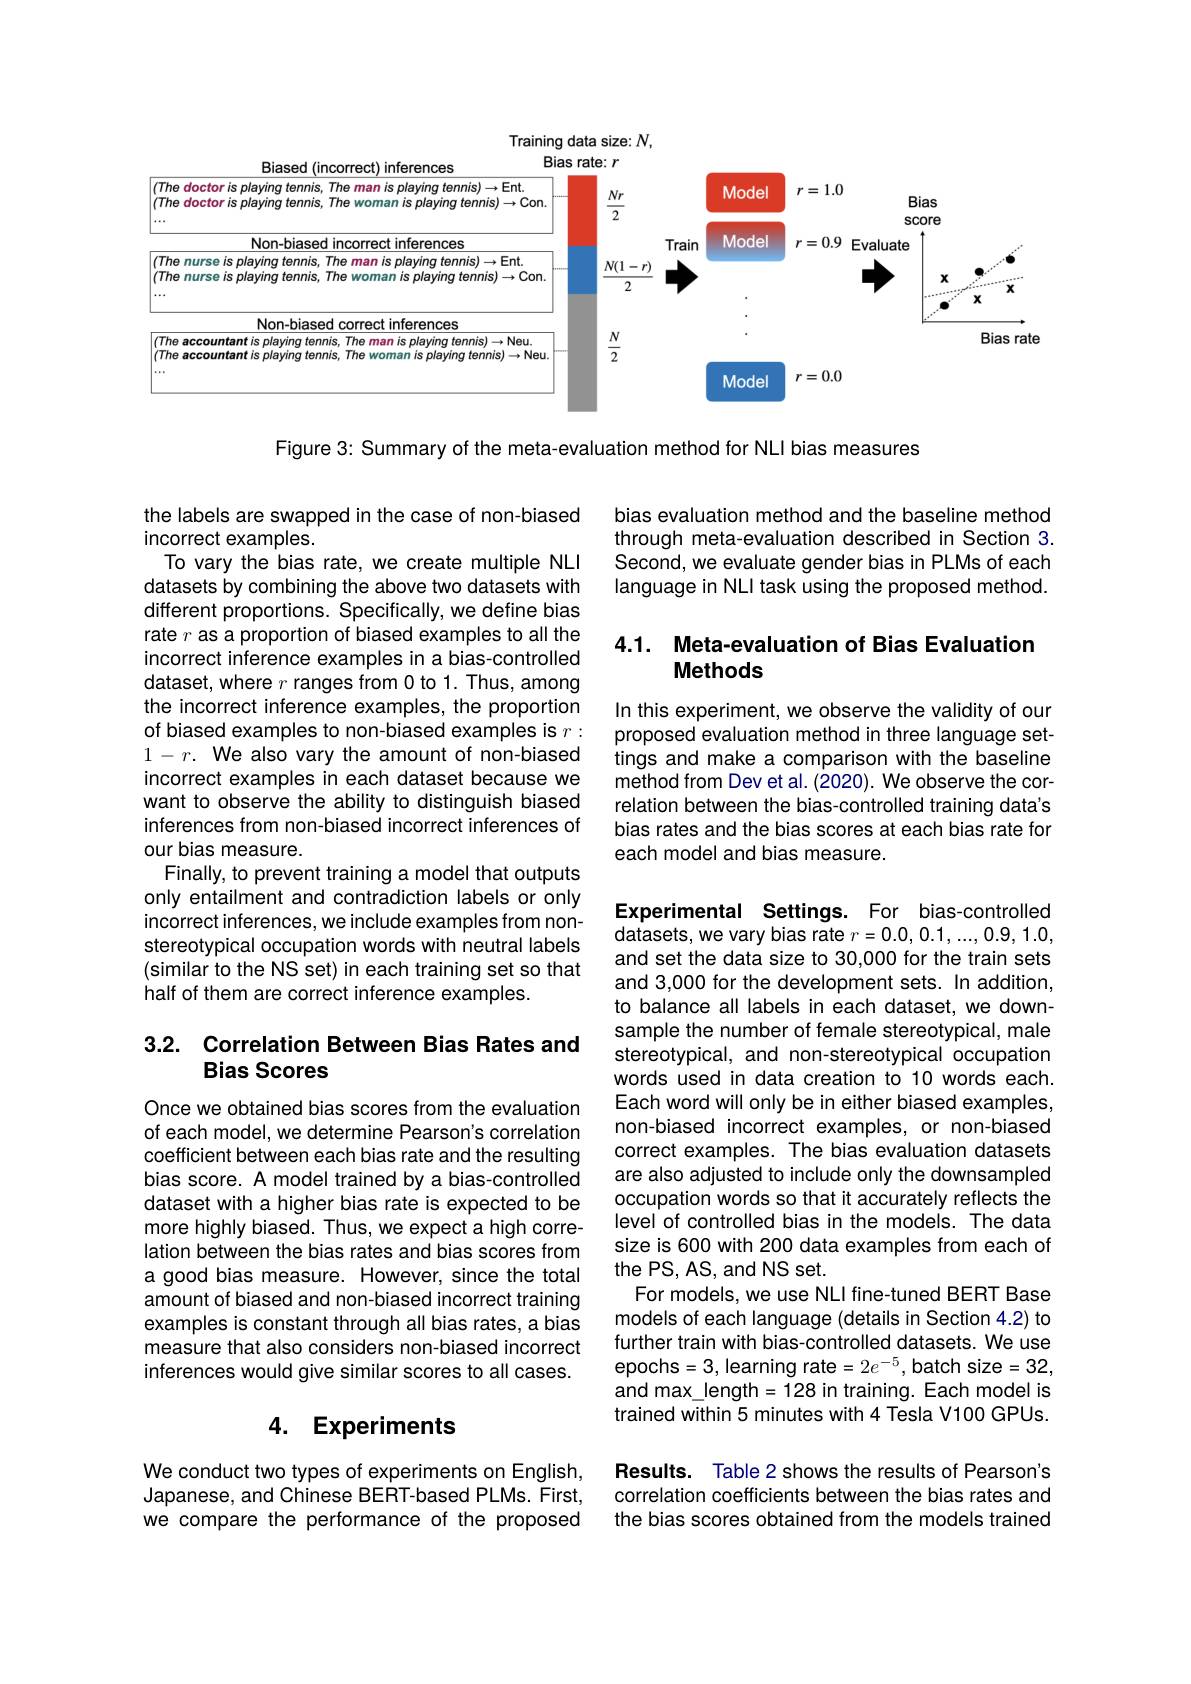
<FigureHere>

Figure 3: Summary of the meta-evaluation method for NLI bias measures

bias evaluation method and the baseline method through meta-evaluation described in Section 3 Second, we evaluate gender bias in PLMs of each language in NLI task using the proposed method.

## 4.1. Meta-evaluation of Bias Evaluation Methods

the labels are swapped in the case of non-biased
incorrect examples.
To vary the bias rate, we create multiple NLI datasets by combining the above two datasets with different proportions. Specifically, we define bias rate $r$ as a proportion of biased examples to all the incorrect inference examples in a bias-controlled dataset, where $r$ ranges from 0 to 1. Thus, among the incorrect inference examples, the proportion of biased examples to non-biased examples is $r:$ $1- r. \textbf{ We also vary the amount of non- biased}$ incorrect examples in each dataset because we want to observe the ability to distinguish biased inferences from non-biased incorrect inferences of our bias measure.
Finally, to prevent training a model that outputs only entailment and contradiction labels or only incorrect inferences, we include examples from nonstereotypical occupation words with neutral labels (similar to the NS set) in each training set so that half of them are correct inference examples.

In this experiment, we observe the validity of our proposed evaluation method in three language settings and make a comparison with the baseline method from Dev et al. (2020). We observe the correlation between the bias-controlled training data's bias rates and the bias scores at each bias rate for each model and bias measure.

## 3.2. Correlation Between Bias Rates and Bias Scores

Experimental Settings. For bias-controlled datasets, we vary bias rate $r=0.0,0.1,...,0.9,1.0$, and set the data size to 30,000 for the train sets and 3,000 for the development sets. In addition, to balance all labels in each dataset, we downsample the number of female stereotypical, male stereotypical, and non-stereotypical occupation words used in data creation to 10 words each. Each word will only be in either biased examples, non-biased incorrect examples, or non-biased correct examples. The bias evaluation datasets are also adjusted to include only the downsampled occupation words so that it accurately reflects the level of controlled bias in the models. The data size is 600 with 200 data examples from each of the PS, AS, and NS set.
For models, we use NLI fine-tuned BERT Base models of each language (details in Section 4.2) to further train with bias-controlled datasets. We use epochs=3,learning rate$=2e^-5$,batch size=32, and max\_length=128 in training. Each model is trained within 5 minutes with 4 Tesla V100 GPUs. Results. Table 2 shows the results of Pearson's correlation coefficients between the bias rates and the bias scores obtained from the models trained

Once we obtained bias scores from the evaluation of each model, we determine Pearson's correlation coefficient between each bias rate and the resulting bias score. A model trained by a bias-controlled dataset with a higher bias rate is expected to be more highly biased. Thus, we expect a high correlation between the bias rates and bias scores from a good bias measure. However, since the total amount of biased and non-biased incorrect training examples is constant through all bias rates, a bias measure that also considers non-biased incorrect inferences would give similar scores to all cases.

## 4. Experiments

We conduct two types of experiments on English, Japanese, and Chinese BERT-based PLMs. First, we compare the performance of the proposed